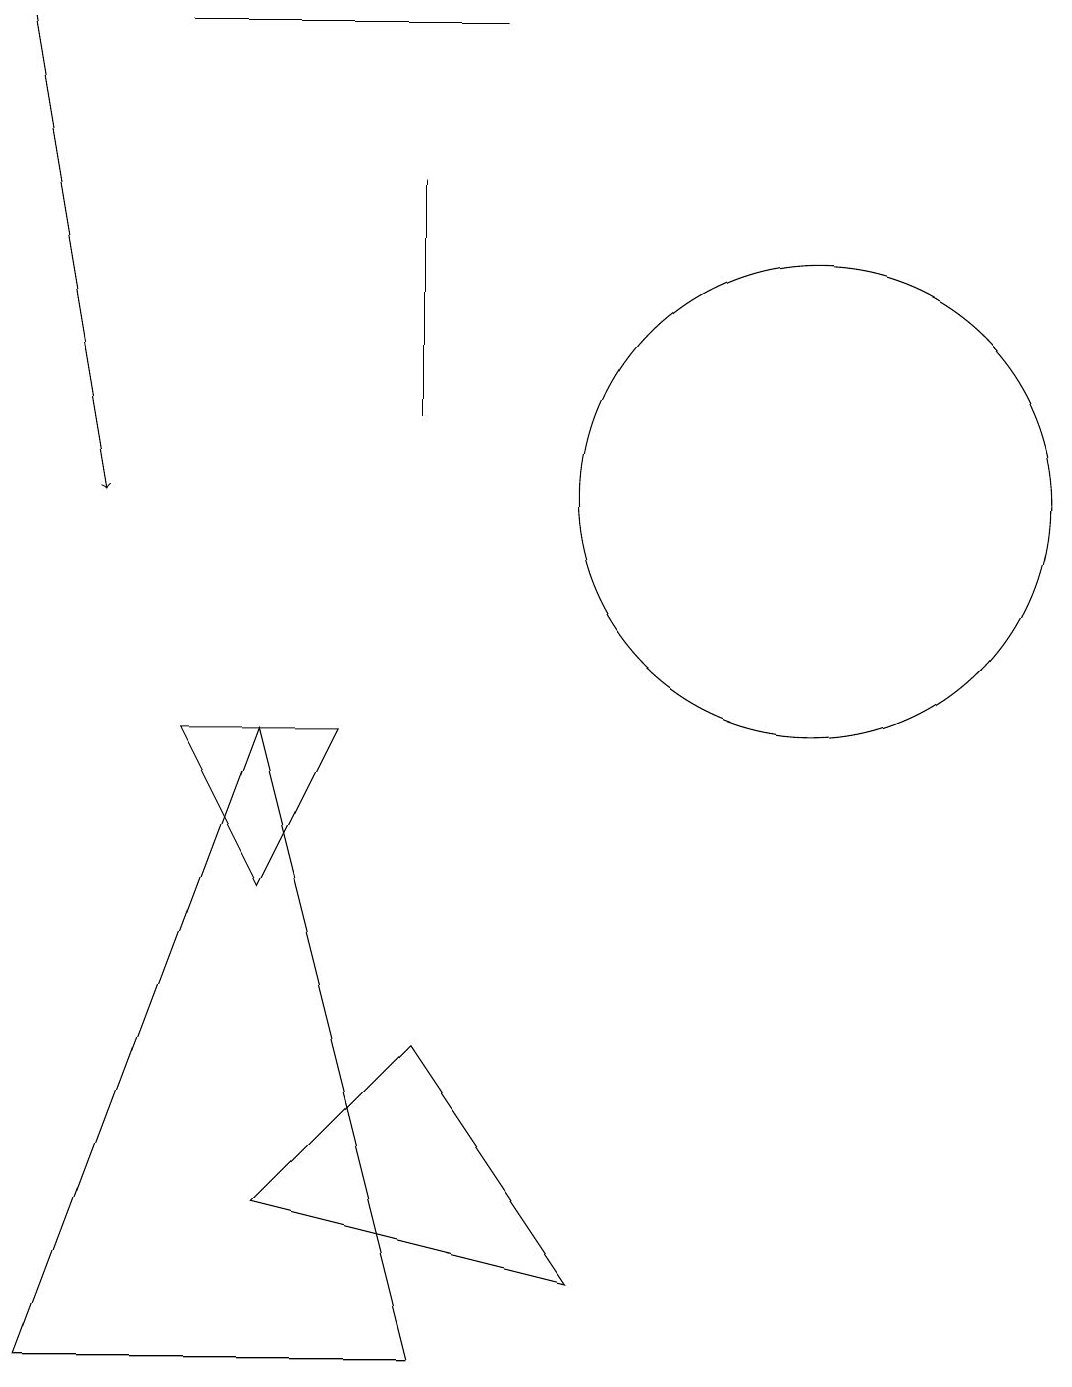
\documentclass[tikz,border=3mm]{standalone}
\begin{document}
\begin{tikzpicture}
\draw (5,8) -- (3,8) -- (4,6) -- cycle;
\draw[->] (1,17) -- (2,11);
\draw (11,11) circle (3);
\draw (6,0) -- (1,0) -- (4,8) -- cycle;
\draw (4,2) -- (6,4) -- (8,1) -- cycle;
\draw (6,12) rectangle (6,15);
\draw (3,17) rectangle (7,17);
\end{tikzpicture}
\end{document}